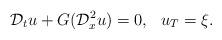
LaTeX: \begin{align*}\mathcal{D}_tu+G(\mathcal{D}_x^2u)=0,\,\,\,\, u_T=\xi.\end{align*}